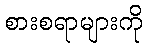
စားစရာများကို